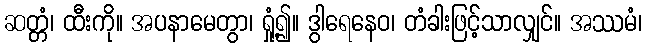
ဆတ္တံ၊ ထီးကို။ အပနာမေတွာ၊ ရှုံ့၍။ ဒွါရေနေဝ၊ တံခါးဖြင့်သာလျှင်။ အဿမံ၊